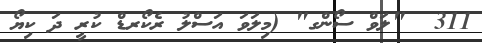
311  "ލަވް ސޯންގ" (މިލަވަ އަސްލު ރެކޯރޑް ކުރީ ދަ ކިޔޯ